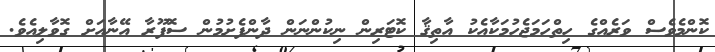
ކޮންމެވެސް ވަރެއްގެ ހިތްހަމަޖެހުމަކާއެކު އާތިޤާ ކޮޓަރިން ނިކުންނަން ދާންފެށުމުން ސޮފޫރާ އޭނާއަށް ގޮވާލިއެވެ.